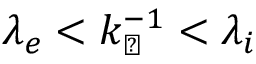
\lambda _ { e } < k _ { \perp } ^ { - 1 } < \lambda _ { i }